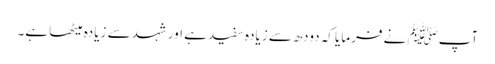
آپﷺ نے فرمایا کہ دودھ سے زیادہ سفید ہے اور شہد سے زیادہ میٹھا ہے۔